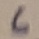
Text: 6